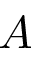
A